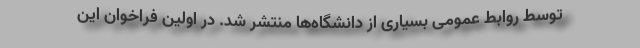
توسط روابط عمومی بسیاری از دانشگاه‌ها منتشر شد. در اولین فراخوان این